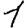
Digit: 1